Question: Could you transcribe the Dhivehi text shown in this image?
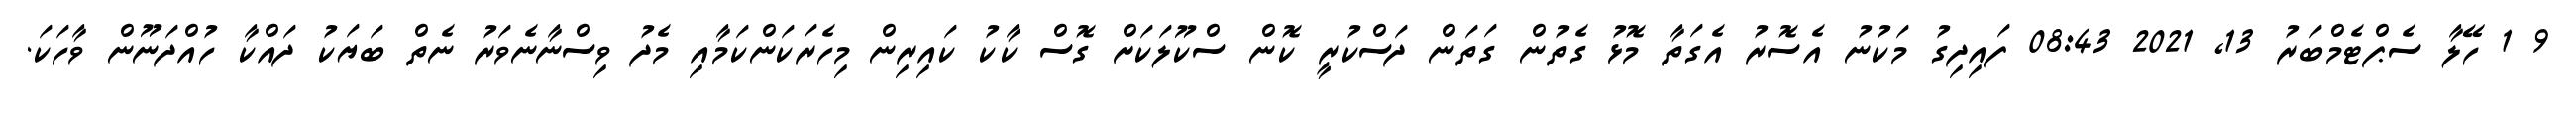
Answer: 9 1 ހޭލާ ސެޕްޓެމްބަރު 13, 2021 08:43 ފައިދިގު މަކުނު އެސޮރު އެގަތާ މޮޅު ގެތުން ގަތަން ދަސްކުރީ ކޮން ސްކޫލަކަށް ގޮސް ކާކު ކައިރިން މިހެރަކަންކަމާއި މެދު ވިސްނާނެވަރު ނެތް ބަޔަކު ދައްކާ ހުއްދަނޫން ވާހަކަ.